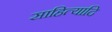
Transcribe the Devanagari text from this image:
साहित्यादि